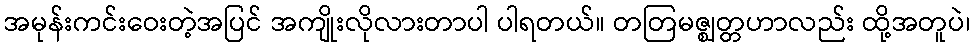
အမုန်းကင်းဝေးတဲ့အပြင် အကျိုးလိုလားတာပါ ပါရတယ်။ တတြမဇ္ဈတ္တဟာလည်း ထို့အတူပဲ၊